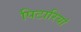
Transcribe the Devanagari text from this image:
पिटारियां